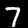
Digit: 7